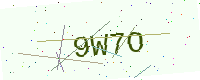
Text: 9W7O